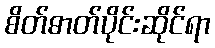
စိတ်ဓာတ်ပိုင်းဆိုင်ရာ